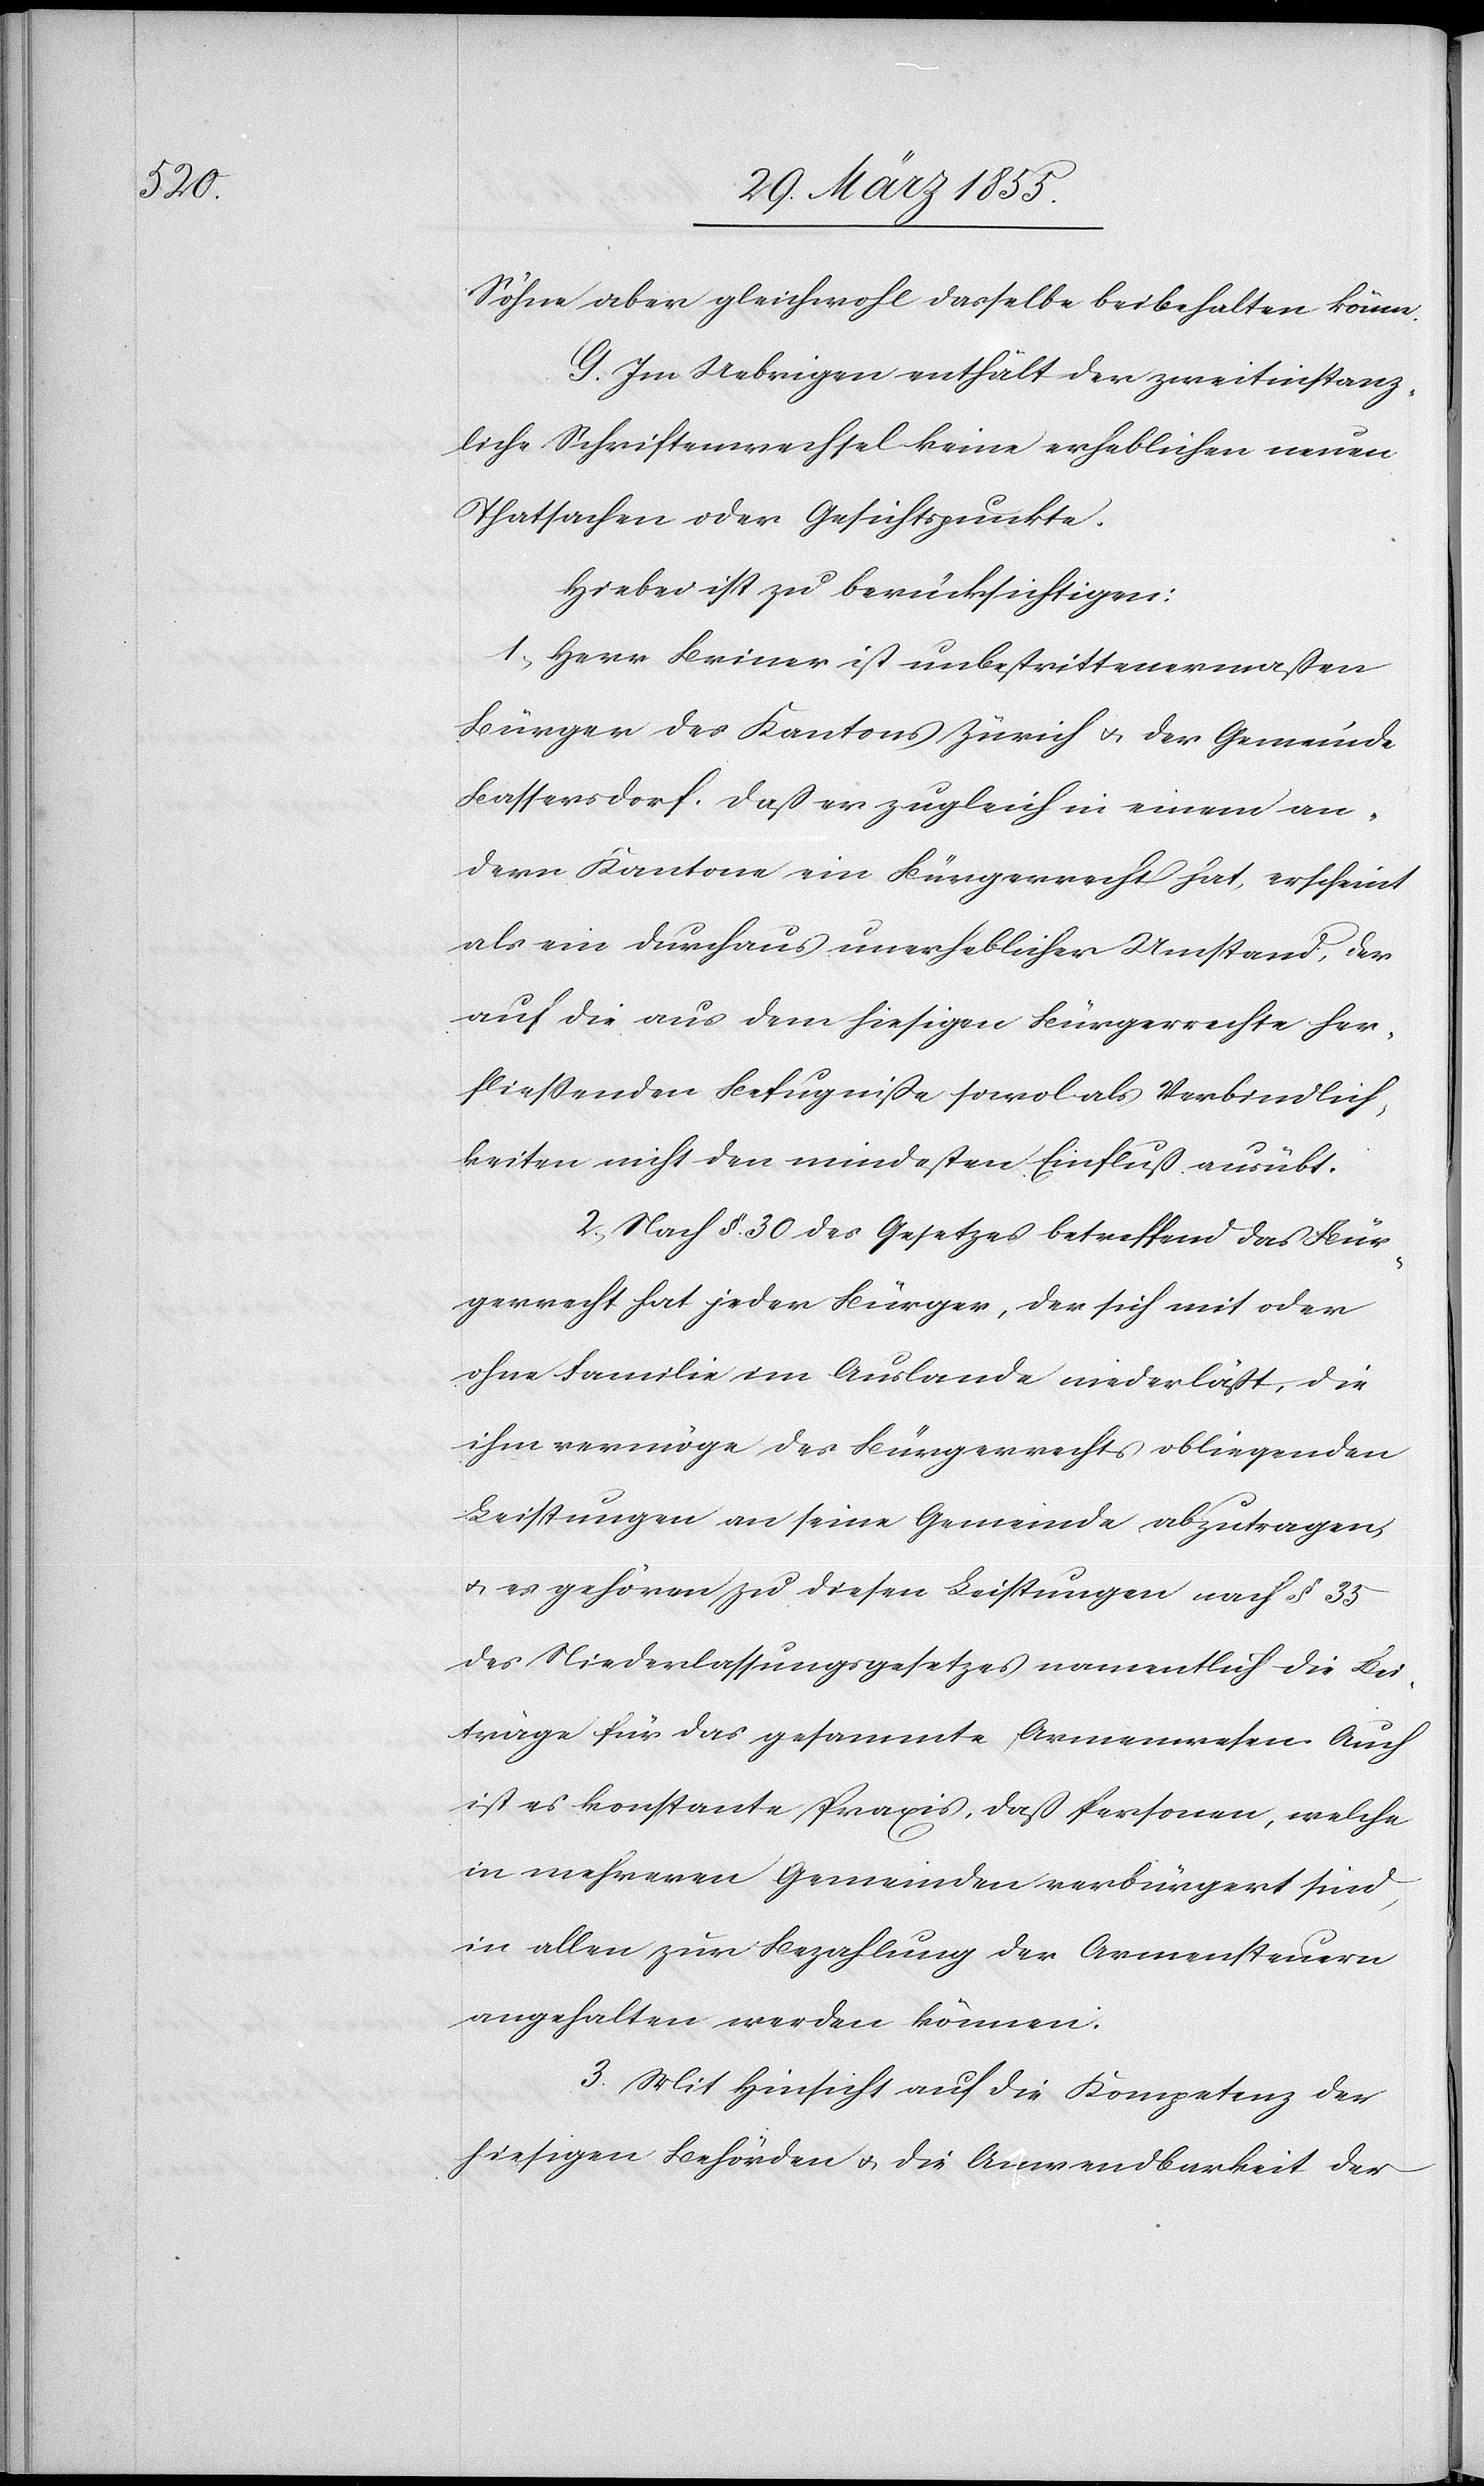
Söhne aber gleichwohl dasselbe beibehalten könne.
G. Im Uebrigen enthält der zweitinstanz¬
liche Schriftenwechsel keine erheblichen neuen
Thatsachen oder Gesichtspunkte.
Hiebei ist zu berücksichtigen:
1, Herr Briner ist unbestrittenermaßen
Bürger des Kantons Zürich & der Gemeinde
Bassersdorf. Daß er zugleich in einem an¬
dern Kanton ein Bürgerrecht hat, erscheint
als ein durchaus unerheblicher Umstand, der
auf die aus dem hiesigen Bürgerrechte her¬
fliessenden Befugniße sowol als Verbindlich¬
keiten nicht den mindesten Einfluß ausübt.
2, Nach §. 30 des Gesetzes betreffend das Bür¬
gerrecht hat jeder Bürger, der sich mit oder
ohne Familie im Auslande niederläßt, die
ihm vermöge des Bürgerrechts obliegenden
Leistungen an seine Gemeinde abzutragen,
& es gehören zu diesen Leistungen nach § 35
des Niederlassungsgesetzes namentlich die Bei¬
träge für das gesammte Armenwesen. Auch
ist es konstante Praxis, daß Personen, welche
in mehreren Gemeinden verbürgert sind,
in allen zur Bezahlung der Armensteuern
angehalten werden können.
3. Mit Hinsicht auf die Kompetenz der
hiesigen Behörden & die Anwendbarkeit der